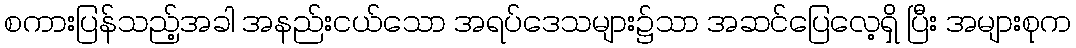
စကားပြန်သည့်အခါ အနည်းငယ်သော အရပ်ဒေသများ၌သာ အဆင်ပြေလေ့ရှိ ပြီး အများစုက